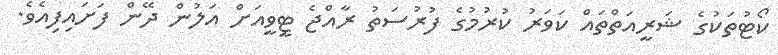
ކޯޓުތަކުގެ ޝަރީއަތްތައް ކަވަރު ކުރުމުގެ ފުރުސަތު ރާއްޖެ ޓީވީއަށް އަލުން ދޭން ފަށައިފިއެވެ.